Report on sanitation, dispensaries, and jails in Rajputana for 1915, and on vaccination for the year 1915-1916 - 1915-1916
Year: 1915
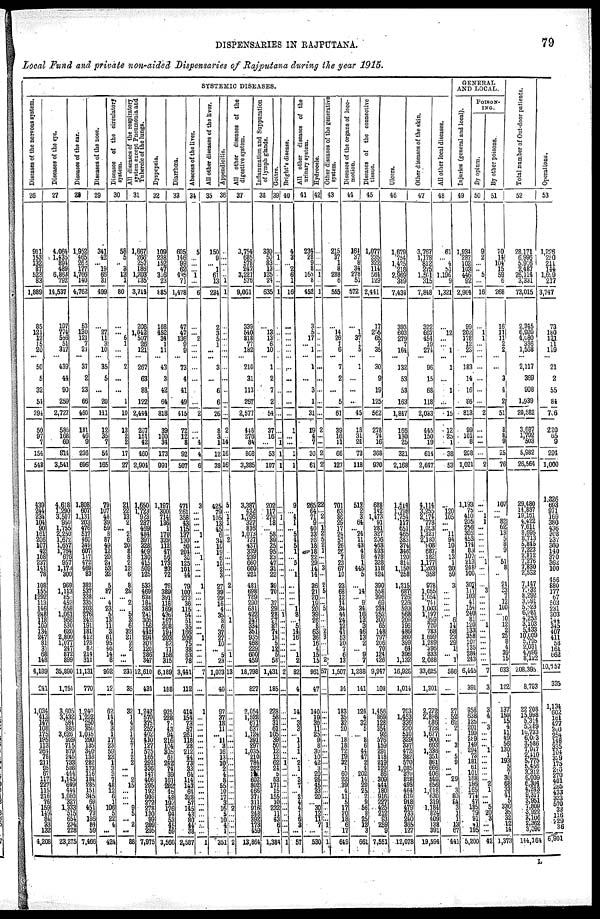
DISPENSARIES IN RAJPUTANA.
79
Local Fund and private non-aided Dispensaries of Rajputana during the year 1915.
SYSTEMIC DISEASES.
Diseases of the nervous system.
26
911
153
132
87
523
83
1,889
85
121
12
15
20
...
50
5
32
54
394
50
97
7
154
548
439
244
234
104
90
161
206
107 42
108
237
141
78
108
155
292
113 146
248
118
109
134
247
81
31
68
148
4,189
241
1,034
413
147 108
175
185 112
264
78
211
85
67
117
221
115
216
76
154
149
84 33
132
4,208
Diseases of the eye.
27
4,064
1,435
894
489
6,863
792
14,537
107
774
556
51 317
...
439
44
90
259
2,727
585
168
60
814
3,541
4,618
1,290
3,507
950
1,755
2,250
1,672
1,657
1,764
676
957
1,173
300
969
1,113
85
452
558
1,061
968
530
620
2,800
1077
247
872
899
35,890
1,754
3,605
3432
584
88
3,626
92
715
879
245
733
581
444
1,145
649
444
1,080
327
1,333
515
654
34.
228
23,275
Diseases of the ear.
28
1,952
465
262
177
1,766
140
4,762
53
130
121
7
21
...
37
2
23
66
460
181
46
9
236
696
1,808
607
1,131
203
476
517
460
349
601
117
472
469
83
382
537
338 335
203
276
242
191
181
412
128
82
214
311
11,131
770
1,248
1,225
250
350
1,045
290
135
340
136
282
173
116
184 285
154
345
69
451
73
186 84
59
7,466
Diseases of the nose.
29
341
42
... 19
66 31
499
...
27
11
3
10
...
35
5
...
20
111
12
35
7
54
165
79
107
48 39
59
8
87
49 12
20
24
53
32
5
81
... 4
23
5
13
11
3
61
95
46
14
8
992
12
62
14
4
3
1
17
23
59
23
1
3
2
7
48 12
6
1 106
5
22 4
...
424
Diseases of the circulatory
system.
30
58
5
... 3
13
1
80
...
... 6
1
...
...
2
...
...
1
10
13
2
2
17
27
21
22
13
2
... 2
6
20
8
8
2
12
6
8
25
... 2
... 5
3
6
32
21
2 2
...
...
231
35
32
1
4
3
1
2
7 1
2
2
...
... 2
15
...
...
... 9 5
... 2
...
88
All diseases of the respiratory
system except Pneumonia and
Tubercle of the lungs.
31
1,667
26 257
186
1,203
135
3,714
208
1,042
507
26
121
...
267
63
88
122
2,444
267
151
42
460
2,904
1,650
1723
923
287
469
484
397
328
469 130
415
509 125
533
469
638
184
383
241
305
156
442
294
303
120
28
34
12,610
434
1,242
570
375
252
402
410
127
575
165
292
336
147
406
295
192
906
272
278
130
99
209
295
7,975
Dyspepsia.
32
109
238
152
47
316
23
885
168
452
34
1
11
...
43
3
42
64
818
39
100
34
173
992
1,197
300
714
136
1
170 329 112
47
56
172
93
72
76
389
391
118
169
436
167
208
194
203 82
71
158
315
6,189
188
925
228
7
43 94
216
104
305 61
242
74 39
161
282
48
48
192
176
94
53
45
59
3,560
Diarrbœa.
33
605
146
99
62
495
71
1,478
47
47
136
9
9
...
73
4
41
49
415
72
12
8
92
507
471
261
358
43
115
137 130
50
204
30
125
101
44
79
100
273
36
115
54
51
35
166
209
75
38
63
78
3,441
112
414
154
73
57
261
118
28
212
44
73
33 64
114
143 64
328
57
145
43 80
44
38
2,587
Abscess of the liver.
34
5
...
...
... 1
...
6
...
... 7
...
...
...
...
...
...
...
2
...
... 4
4
6
3
...
... ...
... 1
...
...
... 1
...
...
...
1
...
...
...
...
... ...
...
... 1
...
...
...
...
'7
...
1
...
...
...
...
...
...
...
...
...
...
...
...
...
... ...
...
...
...
...
...
...
1
All other diseases of the liver.
35
150
9
... 1
61
13
234
2
3
5
1
...
...
3
...
6
6
26
8
3
1
12
38
425
79
105
13
45
6
34
10
19
6
10
2
3
27
39
29
16
4
35
8
6
37
27
10
... 5
23
1,023
40
97
37
18
11
... 11
3
16
13
10
2
4
8
55
10
17 3 16
5
10
4
1
351
Appendicitis.
36
...
...
...
...
...
1
1
...
...
...
...
...
...
...
...
...
...
...
2
... 14
16
16
5
...
1 1
...
2 ...
...
...
...
...
2
...
...
...
...
... 1
...
...
...
... 1
...
13
...
...
...
...
...
...
...
...
...
...
...
...
...
...
...
...
...
... 2
...
...
...
...
2
All other diseases of the
digestive system.
37
3,754
685
578
247
3,221
576
9,061
339
540
818
77
182
210
31
113
257
2,577
448
276
84
808
3,385
3,387
432
1,796
327 816
1,073
737
437
339
239
660
660
221
481
698
789
290
631
422
347
334
351
835
468
229
600
459
18,798
827
2,054
1,528
671
637
1,124
391
297
1,035
210
...
282 141
602
802
466
371
311
916
248
392
173
459
13,864
Inflammation and Suppuration
of lymph glands.
38
330
50
83
13
135
24
635
...
13
13
6
10
...
1
2
7
2
54
37
16
...
53
107
202
117
270
18
... 58 39 25
95
23
47
31
22
89
70
... 32
29
28
27
87
74
18
5
13
5
58
1,431
185
228
58
31
61
205
39
50
12
12
62
21
5
52
171
15
155
10
232
11
42
6 1
1,384
Goitre.
39
...
1
...
...
...
...
1
...
...
...
...
...
...
...
...
...
...
...
...
... 1
1
1
...
... 1
...
...
...
...
...
...
...
...
...
...
...
...
...
...
... 1
...
...
...
...
...
...
...
...
2
...
...
...
...
...
...
... ...
...
... 1
...
...
...
...
...
...
... ...
...
...
... ...
1
Bright's disease.
40
4
3
... 2
6
1
16
...
...
...
...
...
...
...
...
...
...
...
1
...
...
1
1
9
... 4
1
... 5
4
5
1
... 5
... 1
...
...
...
... 1
3
... 5
14
16
...
... 1
2
82
4
14
... 5
3
... 1
1
1
... 2
1
... 3
7
...
3
4
4 1
6
3
...
57
All other diseases of the
urinary system.
41
234
28
9
8
165
8
452
3
5
17
... 1
...
1
...
3
1
31
19
4
7
30
61
285
64
71
9
40
33
28
18
18
22
29
14
14
36
21
20
19
20
39
26
8 63
36
16 4
15
15
961
47
140
198
30
11
25
9
8
30
10
42
3
20
25
45
32
20
...
30
12
11
7
...
530
Hydrocele.
42
...
...
...
... 1
...
1
...
...
...
... ...
...
...
...
...
...
...
2
...
...
2
2
22
... 2
... 1
2 5 2
1
...
... 3
...
2
5
...
... 5
...
...
... 2
3
...
... 2
57
...
...
...
...
...
...
..
...
... ...
...
...
...
...
...
...
...
...
...
...
... 1
...
1
Other diseases of the generative
system.
43
215
37
1
8
288
6
555
...
14
26
1
6
...
7
2
...
5
61
39
16
11
66
127
701
63
86
29
17
24
57
26
26
7
23
67
10
23
68
12
14
34
44
24
12
41
53
20
7
6
13
1,507
34
183
35
32
20
... 18
16
72
19 32
1
60
22
39
4
11
5
11
20
18
... 17
649
Diseases of the organs of loco-
motion.
44
164
37
8
34
278
51
572
...
1
37
1
5
...
1
...
...
...
45
18
31
24
73
118
518
2
3
64
... 24
11
43
4
8
1
445
5
...
14
... 9
34
16
13
3
46
13
2
... 9
7
1,288
141
124
4
32
5
8
6
44
47
2
4
202
14
29
25
2 ...
56
8
25
12
3
661
Diseases of the connective
tissue.
45
1,077
235
322
114
564
129
2,441
17
255
65
7
35
...
30
9
19
125
562
278
74
16
368
930
688
142
1,473
91
281
327
206
463
893
478
328
118
424
390
558
396
69
234
252
300
65
148
797 206
70
124
426
9,917
108
1,456
869
128
354
92
576
159
291
118
219
129
86 309
444
180
916
227
425 212
93
259
9
7,551
Ulcers.
46
1,679
754
1,425
218
2,969
389
7,434
393
603
279
7
164
...
132
53
53
163
1,847
166
130
25
321
2,168
1,514
1,798
1,754
117
...
... 383
374
346
120
814
1,150
258
1,215
687
726
226
520
568
209
196
486
360
399
64
396
1,132
16,926
1,014
703
1,453
336
230
510
329
337
472 382
570
1,085
370
828
498
464
619
918
479
733
240
365
127
12,078
Other diseases of the skin.
47
3,767
1,178
812
275
1,561
315
7,848
322
667
454
19
271
...
96
15
68
118
2,053
445
150
19
614
2,647
4,114
3,255
2,474
778
1,053
1,321
2,180
808
687
182
1,177
1,203
358
978
1,055
1,054
711
1,003
1,197
399
720
783
1,699
1,289
396
833
2,088
33,625
1,301
2,272
2,898
686
728
1,677
900
693 1,338
351
861
666
406
549
656
1,018
630
319
1,184
824
409
138
391
19,594
All other local diseases.
48
61
... 4
51
1,196
9
1,321
...
12
...
... 1
...
1
...
1
...
15
12
25
1
38
53
...
120
105
...
... 11
94
10
8
13
1
20
59
3
...
...
...
...
... 6
14
68
23
29
1
... 1
586
...
27
52
62
2
... ... 3
... 5 9
...
... 29
... 3
80
84
2
1
1
13
67
441
GENERAL
AND LOCAL.
Injuries (general and local).
49
1,934
287
102
103
446
92
2,964
99
202
178
12
23
...
183
14
16
36
813
99
101
8
268
1,021
1,193
75
410
205
256
305
453
174
83
107
213
248
100
307
117
103
41
154
240
81
120
133
358
107
135
284
243
6,445
391
958
638
125
201
199
249 149
294
73
181
61
101
168
186
165
774
47
185
79
91
81
195
5,200
POISON¬
ING.
By opium.
50
9
2
...
... 5
...
16
...
1
1
...
...
...
...
...
...
...
2
...
...
...
...
2
...
... 1
1
...
...
...
...
...
... 1
...
...
...
3
...
...
...
...
... 1
...
...
...
...
...
...
7
3
3
4
... 3
...
...
... 1
...
...
...
...
... 2
1
...
... 5
20
3
...
...
42
By other poisons.
51
70
14
104
15
59
6
268
16
11
11
2
2
...
...
3
4
2
51
8
8
9
25
76
107
...
... 82 62
13
5
8
9
... 51
8
...
21
33
7
12
100
... 10
12
2
25
8
4
39
15
633
122
137
159
15
4
11
49
56
130
1
193
5
7
30
68
33
41
5
336
35
32
12
14
1,373
Total number of Out-door patients.
52
28,171
6,996
5,916
2,487
26,114
3,331
73,015
2,345
6,920
4,080
336
1,568
...
2,117
369
908
1,939
20,582
3,687
1,792
503
5,982
26,564
29,480
14,887
19,151
4,422
7,611
8,695
8,713
5,845
7,223
2,812
7,276
7,830
2,532
7,147
7,032
8,292
3,091
5,823
6,081
4,253
3,103
5,433
10,009
5,795
2,031
4,696
8,122
208,395
8,793
22,208
15,998
5,314
5,289
10,733
6,023
3,586
7,947
2,410
5,775
5,456
3,312
6,009
6,304
4,243
9,317
3,951 7,809
3,922
3,106
2,362
3,090
144,164
Operations.
53
1,226
250
211
144
1,699
217
3,747
73
180
131
11
149
...
21
2
55
84
706
220
65
9
294
1,000
1,326
693
971
169
380
436
308
237
360
140
370
362
100
456
880
177
67
503
231
303
144
345
407
411
58
161
662
10,657
335
1,134
602
161
427
300
254
148
335
104
329
175
246
270
401
265
433
333
570
33
116
229
36
6,901
L